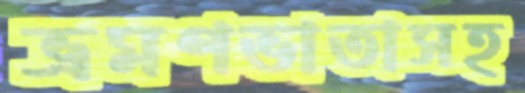
ভ্রমণভাতাসহ